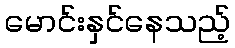
မောင်းနှင်နေသည့်